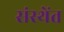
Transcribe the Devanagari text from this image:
संस्थेंत